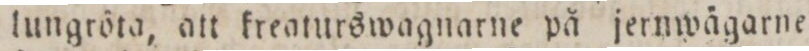
lungröta, att kreaturswagnarne på jernwägarne